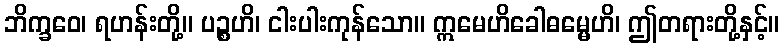
ဘိက္ခဝေ၊ ရဟန်းတို့။ ပဉ္စဟိ၊ ငါးပါးကုန်သော။ ဣမေဟိခေါဓမ္မေဟိ၊ ဤတရားတို့နှင့်။